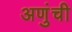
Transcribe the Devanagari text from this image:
अणुंची